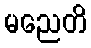
မညေတိ